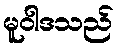
မူဝါဒသည်